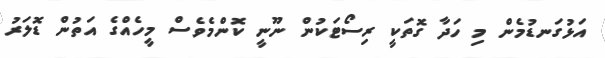
އަޅުގަނޑުމެން މި ހަދާ ގޮތަކީ ރިސޯޓަކުން ނޫނީ ކޮންމެވެސް މީހެއްގެ އަތުން ޑޮލަރު